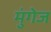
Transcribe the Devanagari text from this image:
मुंगेज